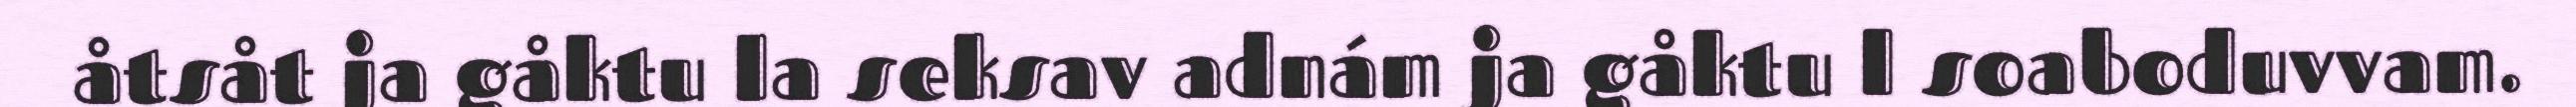
åtsåt ja gåktu la seksav adnám ja gåktu l soaboduvvam.